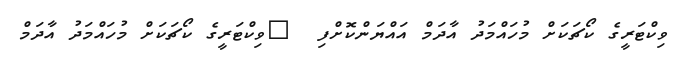
ވިކްޓަރީގެ ކޯޗަކަށް މުހައްމަދު އާދަމް އައްޔަންކޮށްފި  	ވިކްޓަރީގެ ކޯޗަކަށް މުހައްމަދު އާދަމް